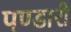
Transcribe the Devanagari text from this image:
पण्डारी